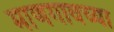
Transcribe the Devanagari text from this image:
माणगावच्या